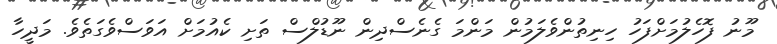
މޫނު ފޮހެލުމަށްފަހު ހިނިތުންވެލަމުން މަންމަ ގެނެސްދިން ނޫޑުލްސް ތަށި ކެއުމަށް އަވަސްވެގަތެވެ. މަދީހާ